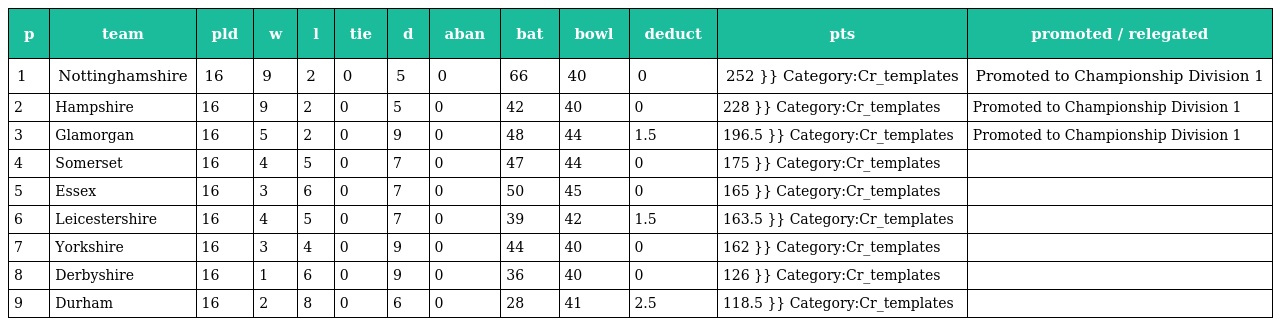
| p | team | pld | w | l | tie | d | aban | bat | bowl | deduct | pts | promoted / relegated |
 | --- | --- | --- | --- | --- | --- | --- | --- | --- | --- | --- | --- | --- |
 | 1 | Nottinghamshire | 16 | 9 | 2 | 0 | 5 | 0 | 66 | 40 | 0 | 252 }} Category:Cr_templates | Promoted to Championship Division 1 |
 | 2 | Hampshire | 16 | 9 | 2 | 0 | 5 | 0 | 42 | 40 | 0 | 228 }} Category:Cr_templates | Promoted to Championship Division 1 |
 | 3 | Glamorgan | 16 | 5 | 2 | 0 | 9 | 0 | 48 | 44 | 1.5 | 196.5 }} Category:Cr_templates | Promoted to Championship Division 1 |
 | 4 | Somerset | 16 | 4 | 5 | 0 | 7 | 0 | 47 | 44 | 0 | 175 }} Category:Cr_templates |  |
 | 5 | Essex | 16 | 3 | 6 | 0 | 7 | 0 | 50 | 45 | 0 | 165 }} Category:Cr_templates |  |
 | 6 | Leicestershire | 16 | 4 | 5 | 0 | 7 | 0 | 39 | 42 | 1.5 | 163.5 }} Category:Cr_templates |  |
 | 7 | Yorkshire | 16 | 3 | 4 | 0 | 9 | 0 | 44 | 40 | 0 | 162 }} Category:Cr_templates |  |
 | 8 | Derbyshire | 16 | 1 | 6 | 0 | 9 | 0 | 36 | 40 | 0 | 126 }} Category:Cr_templates |  |
 | 9 | Durham | 16 | 2 | 8 | 0 | 6 | 0 | 28 | 41 | 2.5 | 118.5 }} Category:Cr_templates |  |